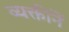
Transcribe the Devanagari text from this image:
व्यक्तींनें